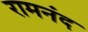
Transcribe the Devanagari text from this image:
रामनंद